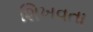
શિખવતા